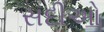
સદીઓ